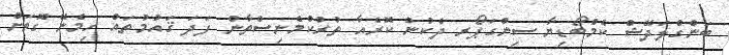
ބަންގްލަދޭޝް ކެމްބޯޑިޔާ ސިންގަޕޯރ ދެކުނު ކޮރެއާ ތުރުކްމެނިސްތާން ފަދަ ޤައުމުތައް ހިމެނޭ ގޮތަށް